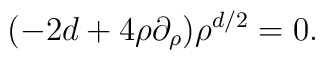
(-2d +4 \rho\partial_\rho)\rho^{d/2}=0 .